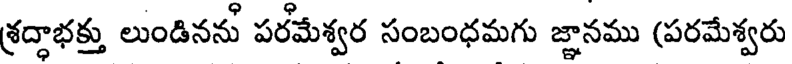
శ్రద్ధాభక్తు లుండినను పరమేశ్వర సంబంధమగు జ్ఞానము (పరమేశ్వరు